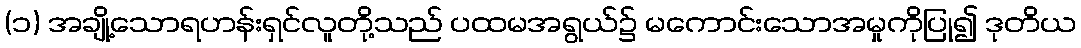
(၁) အချို့သောရဟန်းရှင်လူတို့သည် ပထမအရွယ်၌ မကောင်းသောအမှုကိုပြု၍ ဒုတိယ